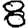
Digit: 8